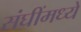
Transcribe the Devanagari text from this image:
संघींमध्ये